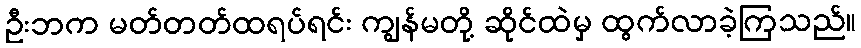
ဦးဘက မတ်တတ်ထရပ်ရင်း ကျွန်မတို့ ဆိုင်ထဲမှ ထွက်လာခဲ့ကြသည်။